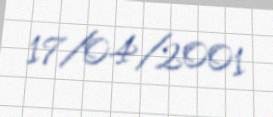
17/04/2001